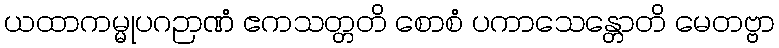
ယထာကမ္မုပဂဉာဏံ ဧကသတ္တတိ စောစံ ပကာသေန္တောတိ မေတဗ္ဗာ